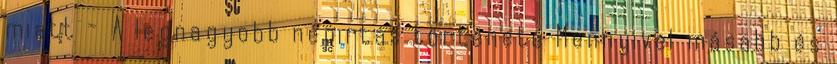
miatt - A legnagyobb népirtás története Mennyivel másabb és